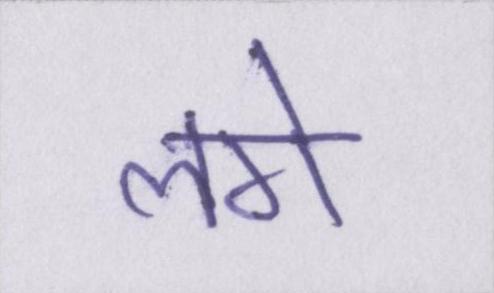
लगे